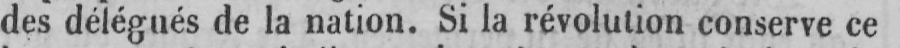
des délégués de la nation. Si la révolution conserve ce